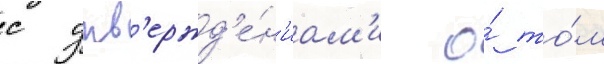
с утв'ержд'е́н'иам'и о́ то́м